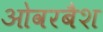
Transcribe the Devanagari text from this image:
ओवरबैश